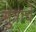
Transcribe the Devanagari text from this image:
मुत्राचे